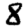
Digit: 8